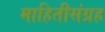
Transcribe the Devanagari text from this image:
माहितीसंग्रह